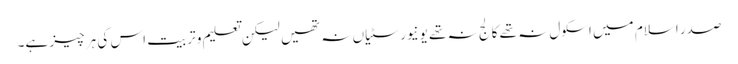
صدر اسلام میں اسکول نہ تھے کالج نہ تھے یونیورسٹیاں نہ تھیں لیکن تعلیم و تربیت اس کی ہر چیز ہے۔